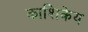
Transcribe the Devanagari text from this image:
काशिकेय